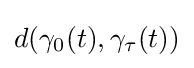
d(\gamma _{0}(t),\gamma _{\tau }(t))